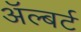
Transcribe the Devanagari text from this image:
अॅल्बर्ट